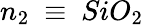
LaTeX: n_{2}~\equiv~SiO_{2}